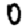
Digit: 0